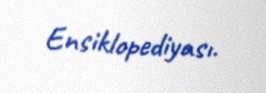
Ensiklopediyası.